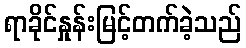
ရာခိုင်နှုန်းမြင့်တက်ခဲ့သည်